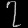
Digit: ၇